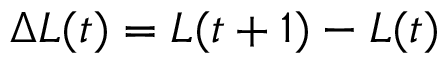
\Delta L ( t ) = L ( t + 1 ) - L ( t )